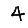
Digit: 4